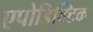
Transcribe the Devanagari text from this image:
एपोडिक्टिक